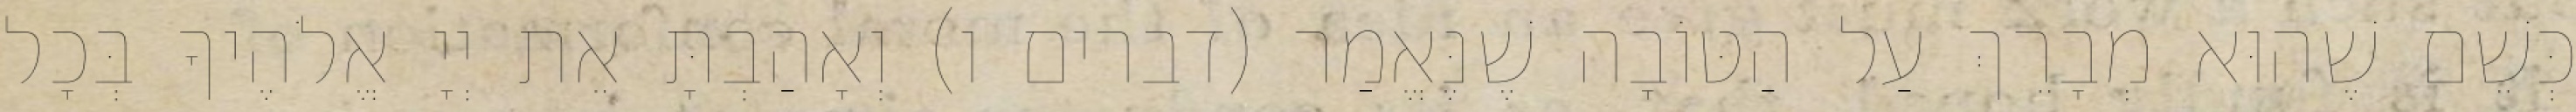
כְּשֵׁם שֶׁהוּא מְבָרֵךְ עַל הַטּוֹבָה שֶׁנֶּאֱמַר (דברים ו) וְאָהַבְתָּ אֵת יְיָ אֱלֹהֶיךָ בְּכָל